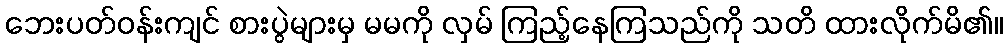
ဘေးပတ်ဝန်းကျင် စားပွဲများမှ မမကို လှမ် ကြည့်နေကြသည်ကို သတိ ထားလိုက်မိ၏။